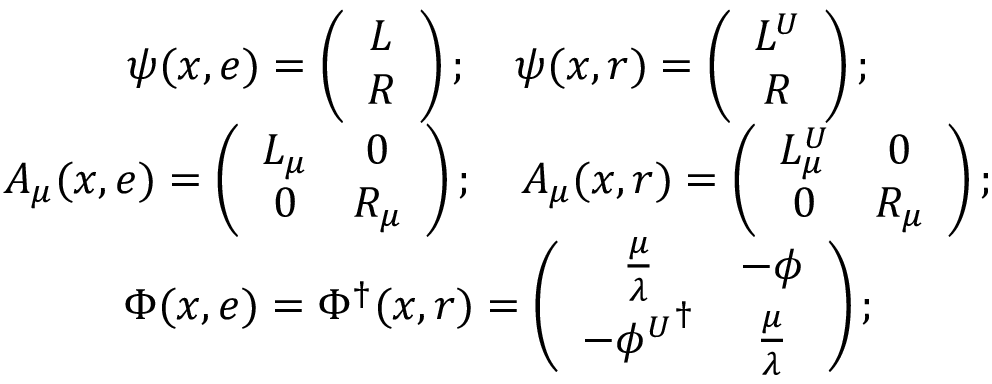
\begin{array} { c l } { { \psi ( x , e ) = \left( \begin{array} { c l } { { L } } \\ { { R } } \end{array} \right) ; ~ ~ ~ \psi ( x , r ) = \left( \begin{array} { c l } { { L ^ { U } } } \\ { { R } } \end{array} \right) ; } } \\ { { A _ { \mu } ( x , e ) = \left( \begin{array} { c c c } { { L _ { \mu } } } & { { 0 } } \\ { { 0 } } & { { R _ { \mu } } } \end{array} \right) ; ~ ~ ~ A _ { \mu } ( x , r ) = \left( \begin{array} { c c c } { { L _ { \mu } ^ { U } } } & { { 0 } } \\ { { 0 } } & { { R _ { \mu } } } \end{array} \right) ; } } \\ { { \Phi ( x , e ) = \Phi { ^ { \dag } } ( x , r ) = \left( \begin{array} { c c c } { { { \frac { \mu } { \lambda } } } } & { { { - \phi } } } \\ { { { - \phi ^ { U } } ^ { \dag } } } & { { { \frac { \mu } { \lambda } } } } \end{array} \right) ; } } \end{array}